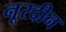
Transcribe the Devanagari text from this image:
नूरदीन